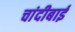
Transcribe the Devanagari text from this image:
चांदीबाई